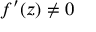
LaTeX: f ^ { \prime } ( z ) \neq 0